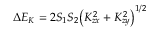
\Delta E _ { K } = 2 S _ { 1 } S _ { 2 } \big ( K _ { z x } ^ { 2 } + K _ { z y } ^ { 2 } \big ) ^ { 1 / 2 }